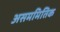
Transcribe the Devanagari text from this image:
असममितिक